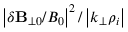
\left| \delta \mathbf { B } _ { \perp 0 } / B _ { 0 } \right| ^ { 2 } / \left| k _ { \perp } \rho _ { i } \right|